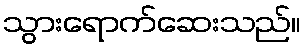
သွားရောက်ဆေးသည်။